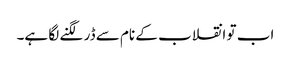
اب تو انقلاب کے نام سے ڈر لگنے لگا ہے۔